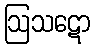
ဩသဋော